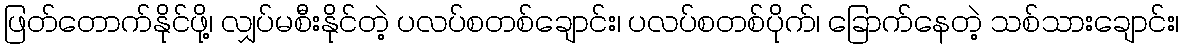
ဖြတ်တောက်နိုင်ဖို့၊ လျှပ်မစီးနိုင်တဲ့ ပလပ်စတစ်ချောင်း၊ ပလပ်စတစ်ပိုက်၊ ခြောက်နေတဲ့ သစ်သားချောင်း၊